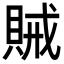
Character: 𮚆